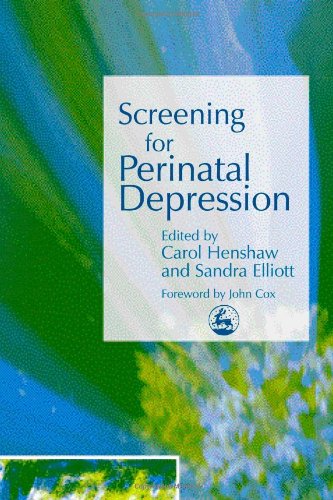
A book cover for Screening for Perinatal Depression; Health, Fitness & Dieting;